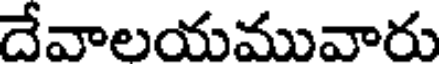
దేవాలయమువారు